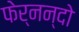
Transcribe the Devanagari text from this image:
फेर्नन्दो